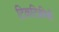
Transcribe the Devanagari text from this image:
टिकटिकीची